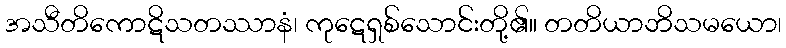
အသီတိကောဋိသတဿာနံ၊ ကုဋေရှစ်သောင်းတို့၏။ တတိယာဘိသမယော၊